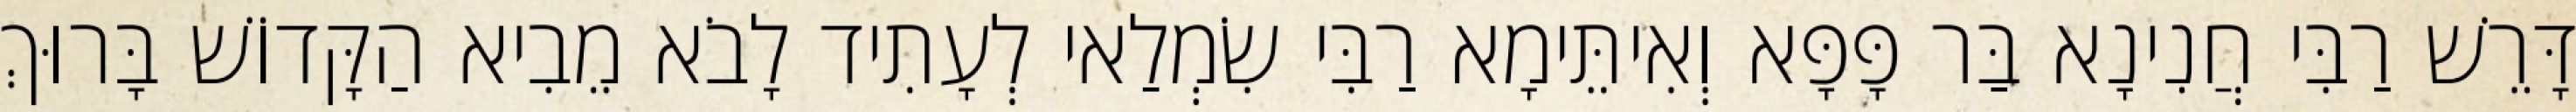
דָּרֵשׁ רַבִּי חֲנִינָא בַּר פָּפָּא וְאִיתֵּימָא רַבִּי שִׂמְלַאי לְעָתִיד לָבֹא מֵבִיא הַקָּדוֹשׁ בָּרוּךְ